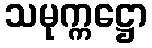
သမုက္ကဋ္ဌော